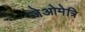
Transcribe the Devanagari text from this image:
जेओमेत्रि